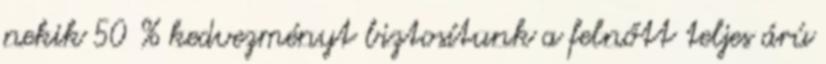
nekik 50 % kedvezményt biztosítunk a felnőtt teljes árú